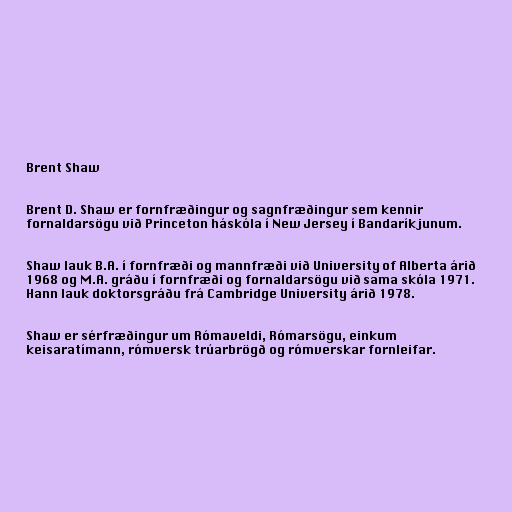
Brent Shaw

Brent D. Shaw er fornfræðingur og sagnfræðingur sem kennir
fornaldarsögu við Princeton háskóla í New Jersey í Bandaríkjunum.

Shaw lauk B.A. í fornfræði og mannfræði við University of Alberta árið
1968 og M.A. gráðu í fornfræði og fornaldarsögu við sama skóla 1971.
Hann lauk doktorsgráðu frá Cambridge University árið 1978.

Shaw er sérfræðingur um Rómaveldi, Rómarsögu, einkum
keisaratímann, rómversk trúarbrögð og rómverskar fornleifar.